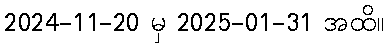
2024-11-20 မှ 2025-01-31 အထိ။